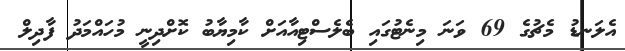
އެލަނޑު މެޗުގެ 69 ވަނަ މިނެޓުގައި ބެލެސްޓިއާއަށް ކާމިޔާބު ކޮށްދިނީ މުހައްމަދު ފާދިލް